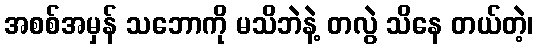
အစစ်အမှန် သဘောကို မသိဘဲနဲ့ တလွဲ သိနေ တယ်တဲ့၊